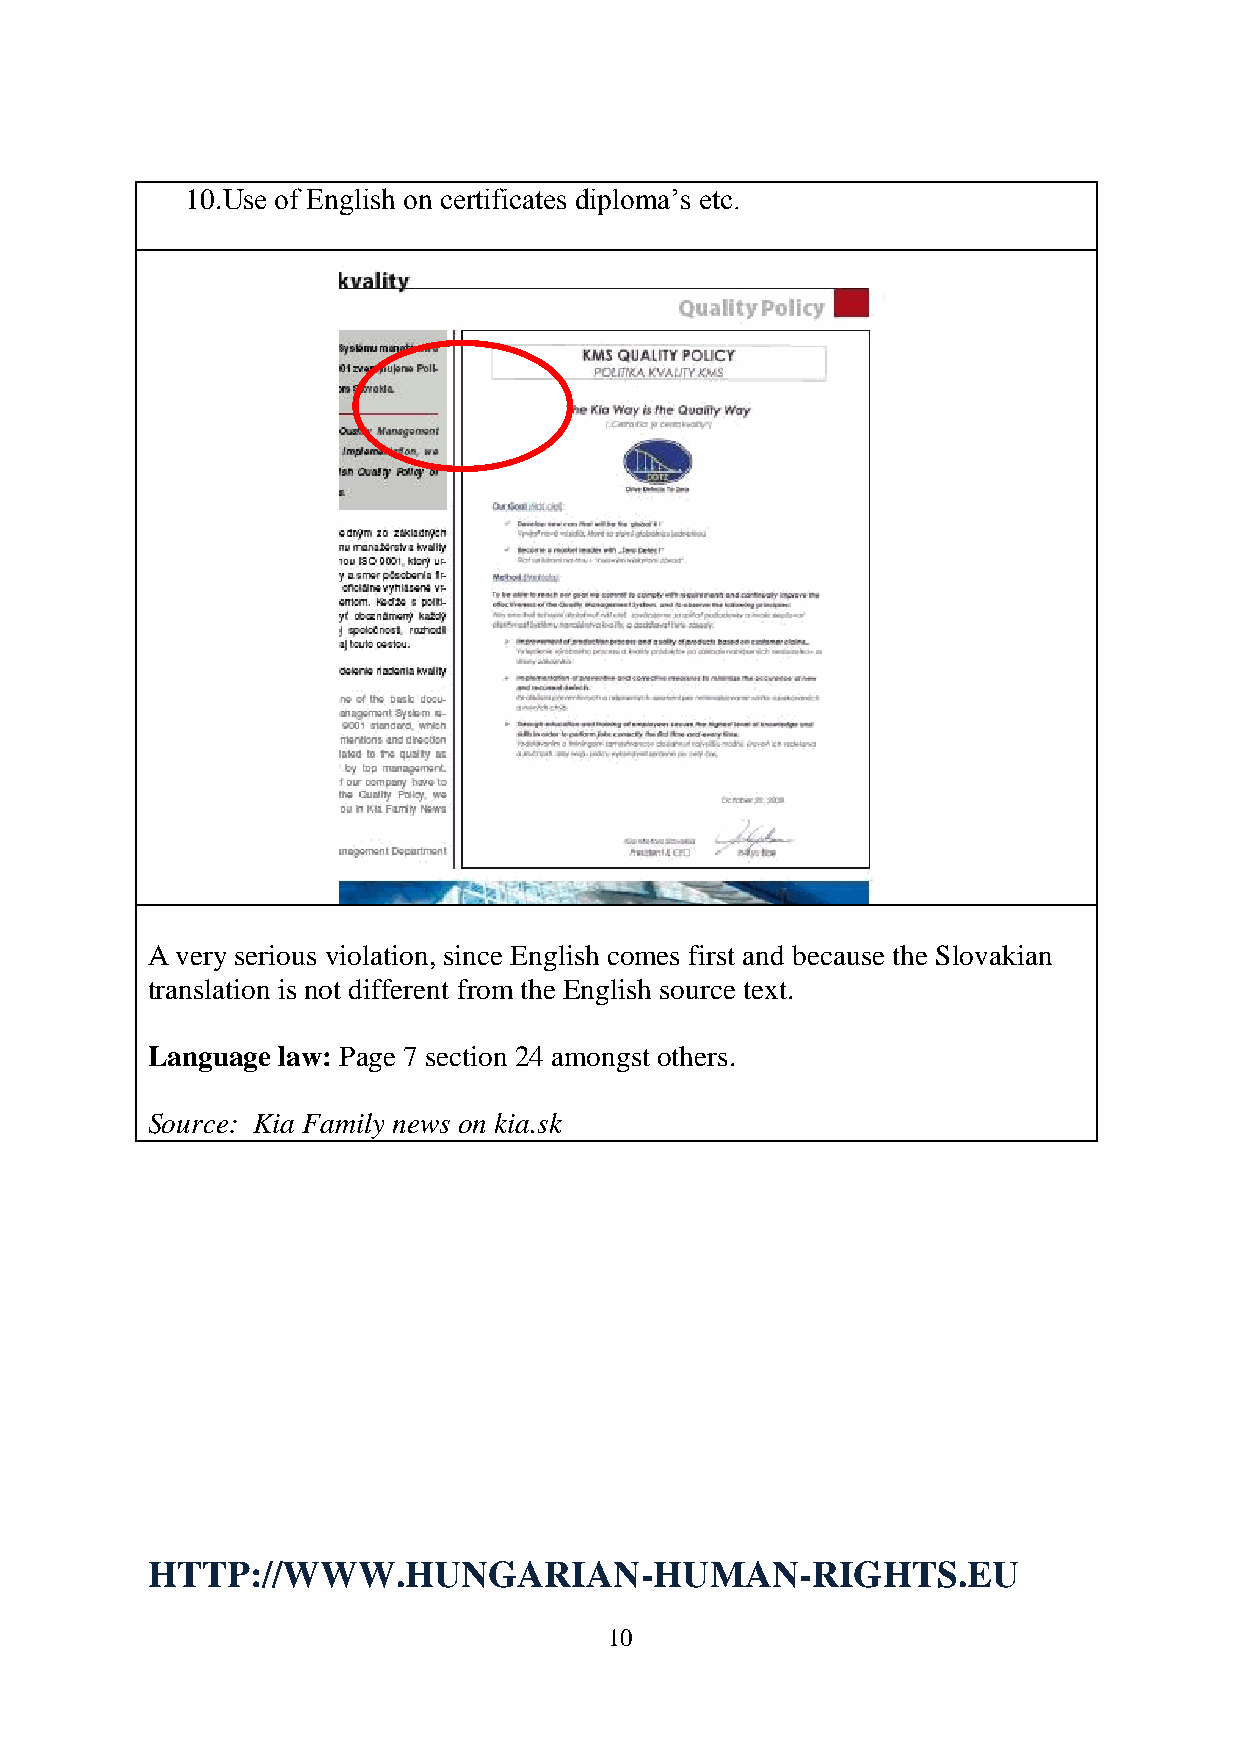
10. Use of English on certificates diploma’s etc.
 A very serious violation, since English comes first and because the Slovakian
 translation is not different from the English source text.
 Language law: Page 7 section 24 amongst others.
 Source: Kia Family news on kia.sk
 HTTP://WWW.HUNGARIAN-HUMAN-RIGHTS.EU
 10